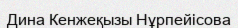
Дина Кенжеқызы Нұрпейісова